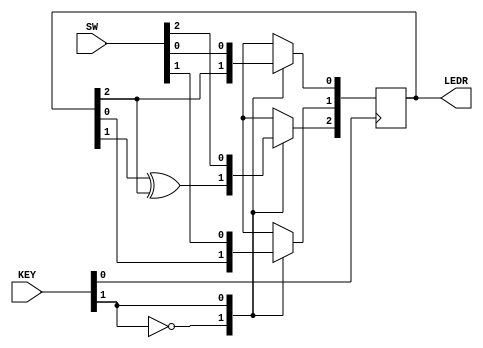
module top_module (
	input [2:0] SW,      // R
	input [1:0] KEY,     // L and clk
	output [2:0] LEDR);  // Q

reg [2:0] q;
assign LEDR = q;

always @(posedge KEY[0] ) begin
    case (KEY[1])
        1'b0:begin
            q[0] <= q[2];
            q[1] <= q[0];
            q[2] <= q[1] ^ q[2];
        end
        1'b1:begin
            q <= SW;
        end
        default:; 
    endcase
end

endmodule